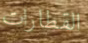
القطارات